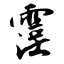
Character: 霪